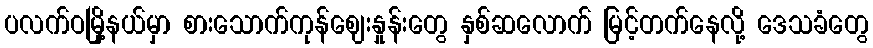
ပလက်ဝမြို့နယ်မှာ စားသောက်ကုန်ဈေးနှုန်းတွေ နှစ်ဆလောက် မြင့်တက်နေလို့ ဒေသခံတွေ